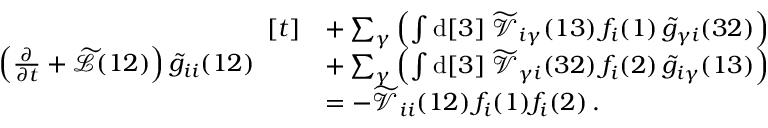
\begin{array} { r l } & { \left( \frac { \partial } { \partial t } + \widetilde { \mathcal { L } } ( 1 2 ) \right) \widetilde { g } _ { i i } ( 1 2 ) \begin{array} { r l } { [ t ] } & { + \sum _ { \gamma } \left( \int \mathrm { d } [ 3 ] \; \widetilde { \mathcal { V } } _ { i \gamma } ( 1 3 ) \, f _ { i } ( 1 ) \, \widetilde { g } _ { \gamma i } ( 3 2 ) \right) } \\ & { + \sum _ { \gamma } \left( \int \mathrm { d } [ 3 ] \; \widetilde { \mathcal { V } } _ { \gamma i } ( 3 2 ) \, f _ { i } ( 2 ) \, \widetilde { g } _ { i \gamma } ( 1 3 ) \right) } \\ & { = - \widetilde { \mathcal { V } } _ { i i } ( 1 2 ) \, f _ { i } ( 1 ) f _ { i } ( 2 ) \, . } \end{array} } \end{array}